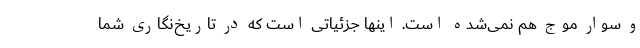
و سوار موج هم نمی‌شده است. اینها جزئیاتی است که در تاریخ‌نگاری شما